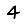
Digit: 4